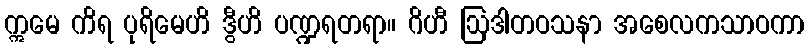
ဣမေ ကိရ ပုရိမေဟိ ဒွီဟိ ပဏ္ဍရတရာ။ ဂိဟီ ဩဒါတဝသနာ အစေလကသာဝကာ